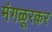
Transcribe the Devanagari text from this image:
मंगळूरकर